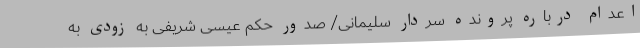
اعدام درباره پرونده سردار سلیمانی/ صدور حکم عیسی شریفی به زودی به